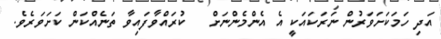
އަދި ހަމަކަށަވަރުން ނަރަކައަކީ އެ އެންމެންނަށް   ކުރައްވާފައިވާ ތަނެއްކަން ކަށަވަރެވެ.